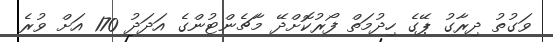
ވަގުތު ދިރާގު ޕޭގެ ހިދުމަތް ފޯރުކޮށްދޭ މާޗެންޓުންގެ އަދަދު 170 އަށް ވުރެ